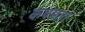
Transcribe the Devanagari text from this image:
कषमता